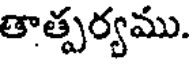
తాత్పర్యము.